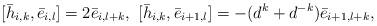
LaTeX: \begin{align*} [\bar{h}_{i,k}, \bar{e}_{i,l}]=2\bar{e}_{i,l+k},\ [\bar{h}_{i,k}, \bar{e}_{i+1,l}]=-(d^k+d^{-k})\bar{e}_{i+1,l+k},\end{align*}